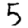
Digit: 5